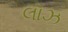
લૉઝ